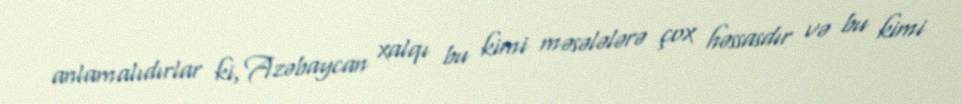
anlamalıdırlar ki, Azəbaycan xalqı bu kimi məsələlərə çox həssasdır və bu kimi